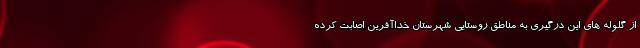
از گلوله های این درگیری به مناطق روستایی شهرستان خداآفرین اصابت کرده